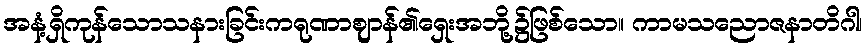
အနံ့ရှိကုန်သောသနားခြင်းကရုဏာဈာန်၏ရှေးအဘို့၌ဖြစ်သော။ ကာမသညောဇနာတိဂါ၊